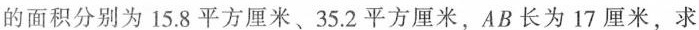
的面积分别为15.8平方厘米、35.2平方厘米，AB长为17厘米，求